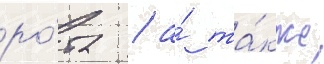
ро́та / а́ та́кже